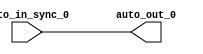
module IntSyncSyncCrossingSink_1( // @[:freechips.rocketchip.system.DefaultRV32Config.fir@210557.2]
  input   auto_in_sync_0, // @[:freechips.rocketchip.system.DefaultRV32Config.fir@210560.4]
  output  auto_out_0 // @[:freechips.rocketchip.system.DefaultRV32Config.fir@210560.4]
);
  assign auto_out_0 = auto_in_sync_0; // @[LazyModule.scala 305:12:freechips.rocketchip.system.DefaultRV32Config.fir@210569.4]
endmodule